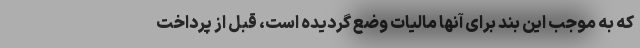
که به موجب این بند برای آنها مالیات وضع گردیده است، قبل از پرداخت